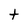
Character: t